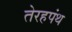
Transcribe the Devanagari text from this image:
तेरहपंथ